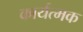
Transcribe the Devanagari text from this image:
कार्यत्मक